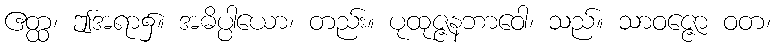
ဧတ္ထ၊ ဤအရာ၌။ အဓိပ္ပါယော၊ တည်း။ ပုထုဇ္ဇနဘာဝေါ၊ သည်။ သာဝဇ္ဇော ဝတ၊